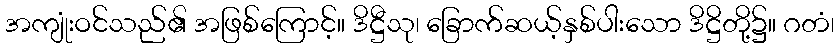
အကျုံးဝင်သည်၏ အဖြစ်ကြောင့်။ ဒိဋ္ဌီသု၊ ခြောက်ဆယ့်နှစ်ပါးသော ဒိဋ္ဌိတို့၌။ ဂတံ၊